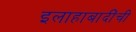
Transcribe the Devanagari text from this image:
इलाहाबादींची